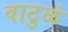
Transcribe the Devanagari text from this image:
वाटुळं